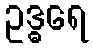
ဥဒ္ဓရေ